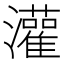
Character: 灌